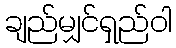
ချည်မျှင်ရှည်ဝါ